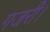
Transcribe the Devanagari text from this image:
गजरी।